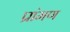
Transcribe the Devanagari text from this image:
प्रांमण